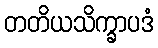
တတိယသိက္ခာပဒံ